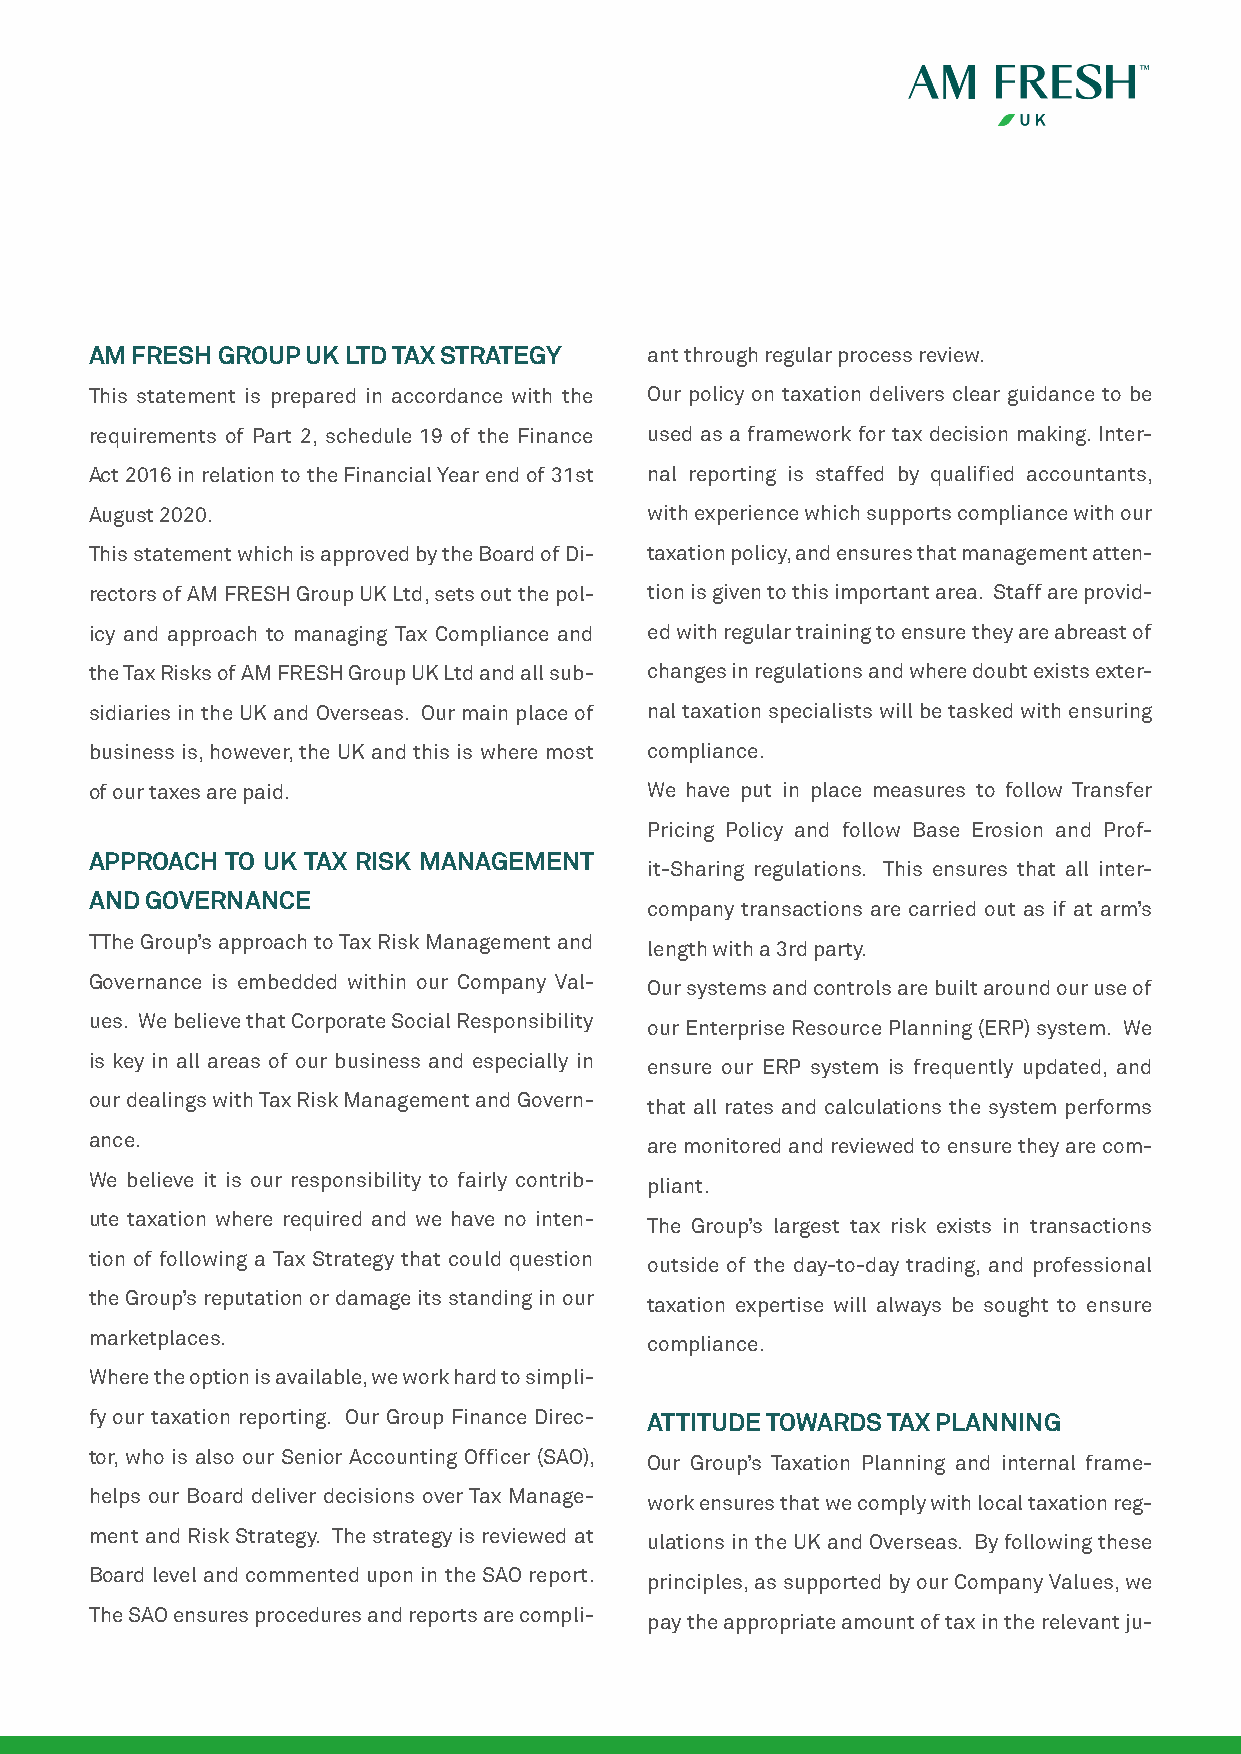
AM FRESH GROUP UK LTD TAX STRATEGY   ant through regular process review.
 This statement is prepared in accordance with the Our policy on taxation delivers clear guidance to be
 requirements of Part 2, schedule 19 of the Finance used as a framework for tax decision making. Inter-
 Act 2016 in relation to the Financial Year end of 31st nal reporting is staffed by qualified accountants,
 August 2020.                         with experience which supports compliance with our
 This statement which is approved by the Board of Di- taxation policy, and ensures that management atten-
 rectors of AM FRESH Group UK Ltd, sets out the pol- tion is given to this important area. Staff are provid-
 icy and approach to managing Tax Compliance and ed with regular training to ensure they are abreast of
 the Tax Risks of AM FRESH Group UK Ltd and all sub- changes in regulations and where doubt exists exter-
 sidiaries in the UK and Overseas. Our main place of nal taxation specialists will be tasked with ensuring
 business is, however, the UK and this is where most compliance.
 of our taxes are paid.               We have put in place measures to follow Transfer
 Pricing Policy and follow Base Erosion and Prof-
 APPROACH TO UK TAX RISK MANAGEMENT
 it-Sharing regulations. This ensures that all inter-
 AND GOVERNANCE
 company transactions are carried out as if at arm’s
 TThe Group’s approach to Tax Risk Management and
 length with a 3rd party.
 Governance is embedded within our Company Val-
 Our systems and controls are built around our use of
 ues. We believe that Corporate Social Responsibility
 our Enterprise Resource Planning (ERP) system. We
 is key in all areas of our business and especially in
 ensure our ERP system is frequently updated, and
 our dealings with Tax Risk Management and Govern-
 that all rates and calculations the system performs
 ance.
 are monitored and reviewed to ensure they are com-
 We believe it is our responsibility to fairly contrib-
 pliant.
 ute taxation where required and we have no inten-
 The Group’s largest tax risk exists in transactions
 tion of following a Tax Strategy that could question
 outside of the day-to-day trading, and professional
 the Group’s reputation or damage its standing in our
 taxation expertise will always be sought to ensure
 marketplaces.
 compliance.
 Where the option is available, we work hard to simpli-
 fy our taxation reporting. Our Group Finance Direc- ATTITUDE TOWARDS TAX PLANNING
 tor, who is also our Senior Accounting Officer (SAO),
 Our Group’s Taxation Planning and internal frame-
 helps our Board deliver decisions over Tax Manage-
 work ensures that we comply with local taxation reg-
 ment and Risk Strategy. The strategy is reviewed at
 ulations in the UK and Overseas. By following these
 Board level and commented upon in the SAO report.
 principles, as supported by our Company Values, we
 The SAO ensures procedures and reports are compli-
 pay the appropriate amount of tax in the relevant ju-